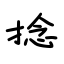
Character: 捻